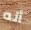
أنه